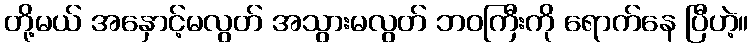
တို့မယ် အနှောင့်မလွတ် အသွားမလွတ် ဘဝကြီးကို ရောက်နေ ပြီဟဲ့။